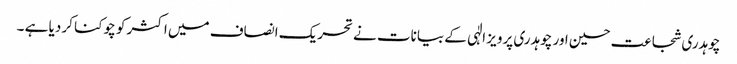
چوہدری شجاعت حسین اور چوہدری پرویز الٰہی کے بیانات نے تحریک انصاف میں اکثر کو چوکنا کر دیا ہے ۔